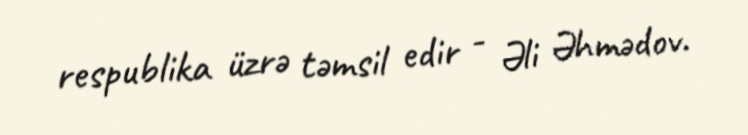
respublika üzrə təmsil edir - Əli Əhmədov.